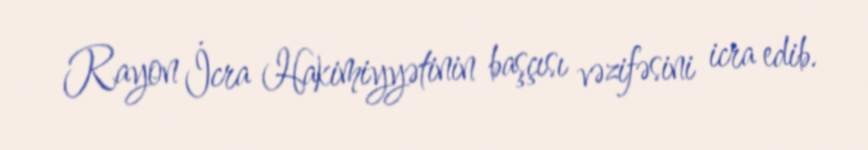
Rayon İcra Hakimiyyətinin başçısı vəzifəsini icra edib.